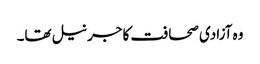
وہ آزادی صحافت کا جرنیل تھا۔